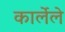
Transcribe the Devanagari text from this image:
कार्लेले